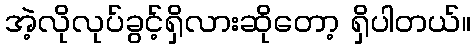
အဲ့လိုလုပ်ခွင့်ရှိလားဆိုတော့ ရှိပါတယ်။